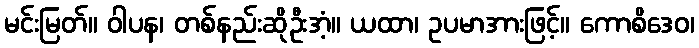
မင်းမြတ်။ ဝါပန၊ တစ်နည်းဆိုဦးအံ့။ ယထာ၊ ဥပမာအားဖြင့်။ ကောစိဒေဝ၊